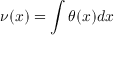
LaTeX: \nu ( x ) = \int \theta ( x ) d x